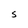
Character: S